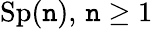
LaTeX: \operatorname{Sp}(\mathtt{n}),\, \mathtt{n}\geq1